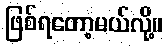
ဖြစ်ရတော့မယ်လို့။